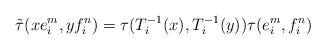
LaTeX: \begin{align*}\tilde{\tau}(xe_i^m,yf_i^n)=\tau(T_i^{-1}(x),T_i^{-1}(y))\tau(e_i^m,f_i^n)\end{align*}